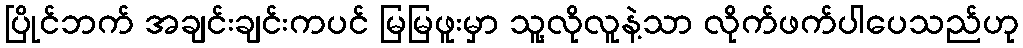
ပြိုင်ဘက် အချင်းချင်းကပင် မြမြဖူးမှာ သူ့လိုလူနဲ့သာ လိုက်ဖက်ပါပေသည်ဟု